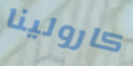
كارولينا